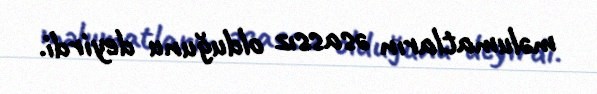
məlumatların əsassız olduğunu deyirdi.